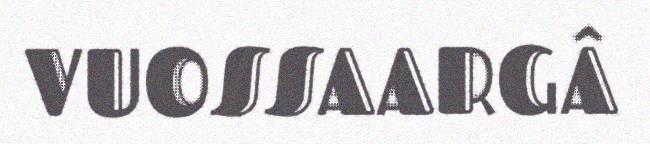
VUOSSAARGÂ